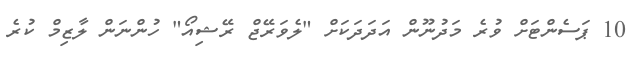
10 ޕަސެންޓަށް ވުރެ މަދުނޫން އަދަދަކަށް "ލެވަރޭޖް ރޭޝިއޯ" ހުންނަން ލާޒިމް ކުރެ